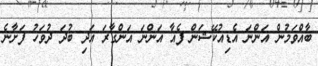
ބާއްވަމުން އަންނަ އެޑިއުކޭޝަން ފެއާ އަންނަ އަންގާރަ އަދި ބުދަ ދުވަހު ފަށާނެ